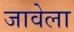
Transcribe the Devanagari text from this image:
जावेला